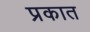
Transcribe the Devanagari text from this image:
प्रकात